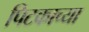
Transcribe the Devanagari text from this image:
पिटकाच्या